Report on the working of the Ranchi Indian Mental Hospital, Kanke, in Bihar and Orissa - 1930-1940
Year: 1930
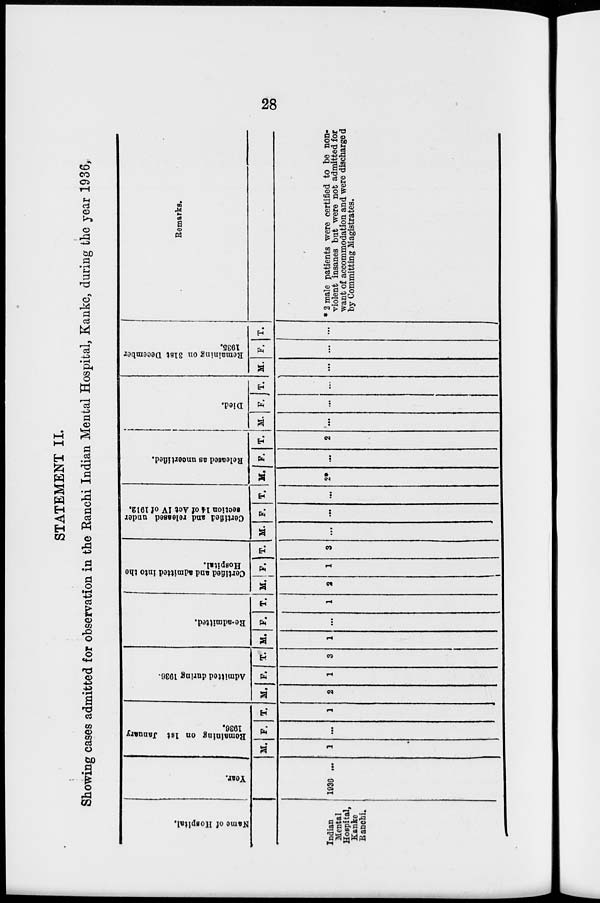
28
STATEMENT II.
Showing cases admitted for observation in the Ranchi Indian Mental Hospital, Kanke, during the year 1936,
Name of Hospital.
Indian
Mental
Hospital,
Kanke
Ranchi.
Year.
1936 ...
Remaining on 1st January
1936.
M.
1
F.
...
T.
1
Admitted during 1936.
M.
2
F.
1
T.
3
Re-admitted.
M.
1
F.
...
T.
1
Certified and admitted into the
Hospital.
M.
2
F.
1
T.
3
Certified and released under
section 14 of Act IV of 1912.
M.
...
F.
...
T.
...
Released as uncertified.
M.
2*
F.
...
T.
2
Died.
M.
...
F.
...
T.
...
Remaining on 31st December
1935.
M.
...
F.
...
T.
...
Remarks.
* 2 male patients were certified to be non-
violent insanes but were not admitted for
want of accommodation and were discharged
by Committing Magistrates.